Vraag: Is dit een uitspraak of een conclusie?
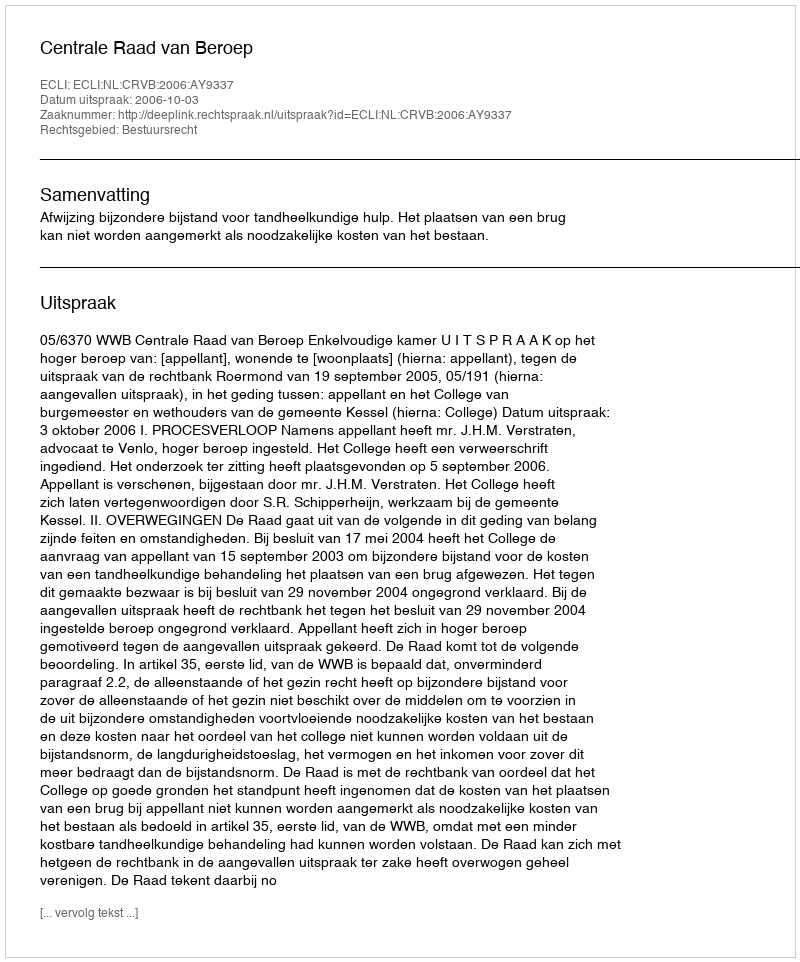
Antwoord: Uitspraak